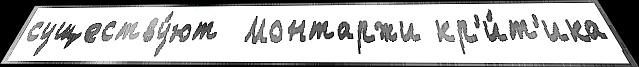
существу́ют  Монтаржи кр'и́т'ика